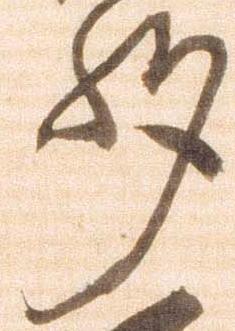
州